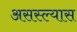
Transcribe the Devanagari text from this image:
असस्ल्यास